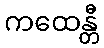
ကထေန္တီ